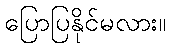
ပြောပြနိုင်မလား။